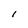
Character: l